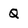
Character: Q